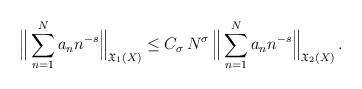
LaTeX: \begin{align*}\Big\| \sum_{n=1}^{N} a_{n} n^{-s} \Big\|_{\mathfrak{X}_{1}(X)} \leq C_{\sigma}\, N^{\sigma} \, \Big\| \sum_{n=1}^{N} a_{n}n^{-s} \Big\|_{\mathfrak{X}_{2}(X)}\,.\end{align*}